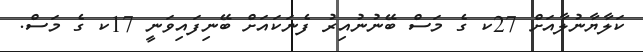
ކަލާޔާނުލާއަށް 27ކ ގެ މަސް ބޭނުނުއިރު ފެނަކައަށް ބޭނިފައިވަނީ 17ކ ގެ މަސް.